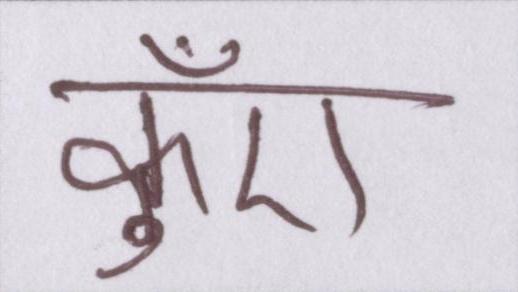
कुँए